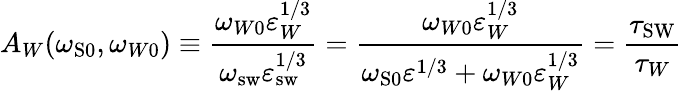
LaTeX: A_{W}(\omega_{\mathrm{{S}0}},\omega_{W0})\equiv\frac{\omega_{W0}\varepsilon_{W}^{1/3}}{\omega_{\mathrm{sw}}\varepsilon_{\mathrm{{sw}}}^{1/3}}=\frac{\omega_{W0}\varepsilon_{W}^{1/3}}{\omega_{\mathrm{S}0}\varepsilon^{1/3}+\omega_{W0}\varepsilon_{W}^{1/3}}=\frac{\tau_{\mathrm{{SW}}}}{\tau_{W}}